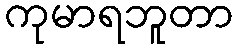
ကုမာရဘူတာ